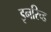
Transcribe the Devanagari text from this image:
इनरिच्ड